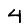
Digit: 4